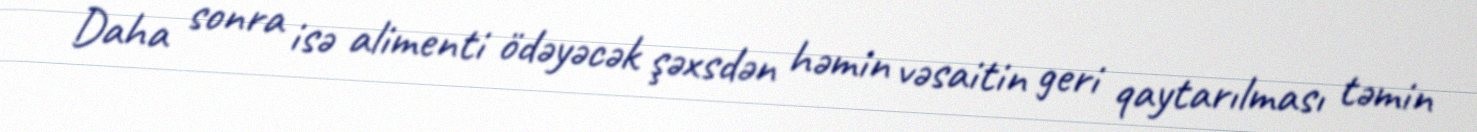
Daha sonra isə alimenti ödəyəcək şəxsdən həmin vəsaitin geri qaytarılması təmin